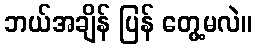
ဘယ်အချိန် ပြန် တွေ့မလဲ။